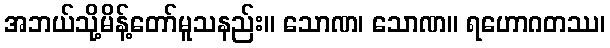
အဘယ်သို့မိန့်တော်မူသနည်း။ သောဏ၊ သောဏ။ ရဟောဂတဿ၊